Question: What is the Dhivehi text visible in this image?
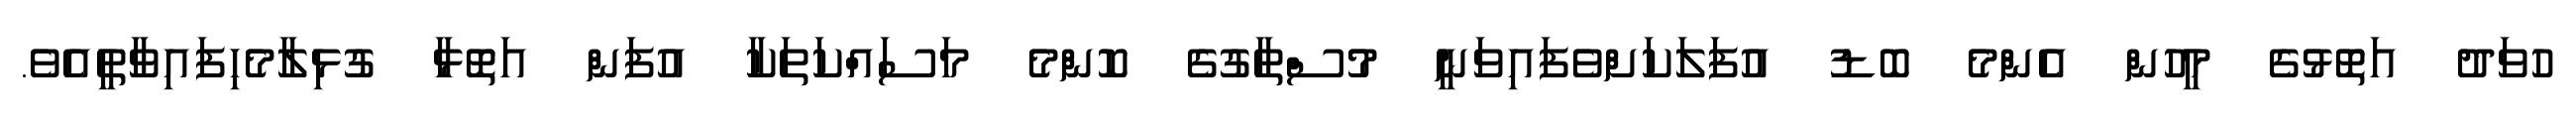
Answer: ހުވަދު އަތޮޅުގެ މީހުން އެންމެ ބޮޑު އުފަލަކަށްވެފައިވަނީ މުސްތާގުގެ ކޮންމެ މަސައްކަތަކާ އުފަން އަތޮޅާ ގުޅިލާމެހިފައިވާތީއެވެ.